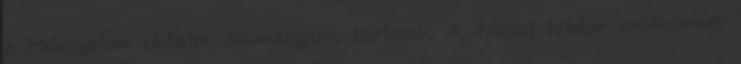
a Műegyetem oktatói állományába tartozik. A József Nádor emlékérmet